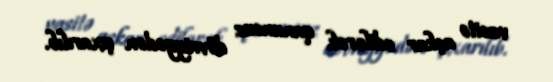
vasitə aşkar edilərək qanunsuz dövriyyədən çıxarılıb.